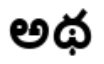
అథ